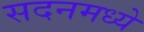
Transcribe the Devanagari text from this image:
सदनमध्ये